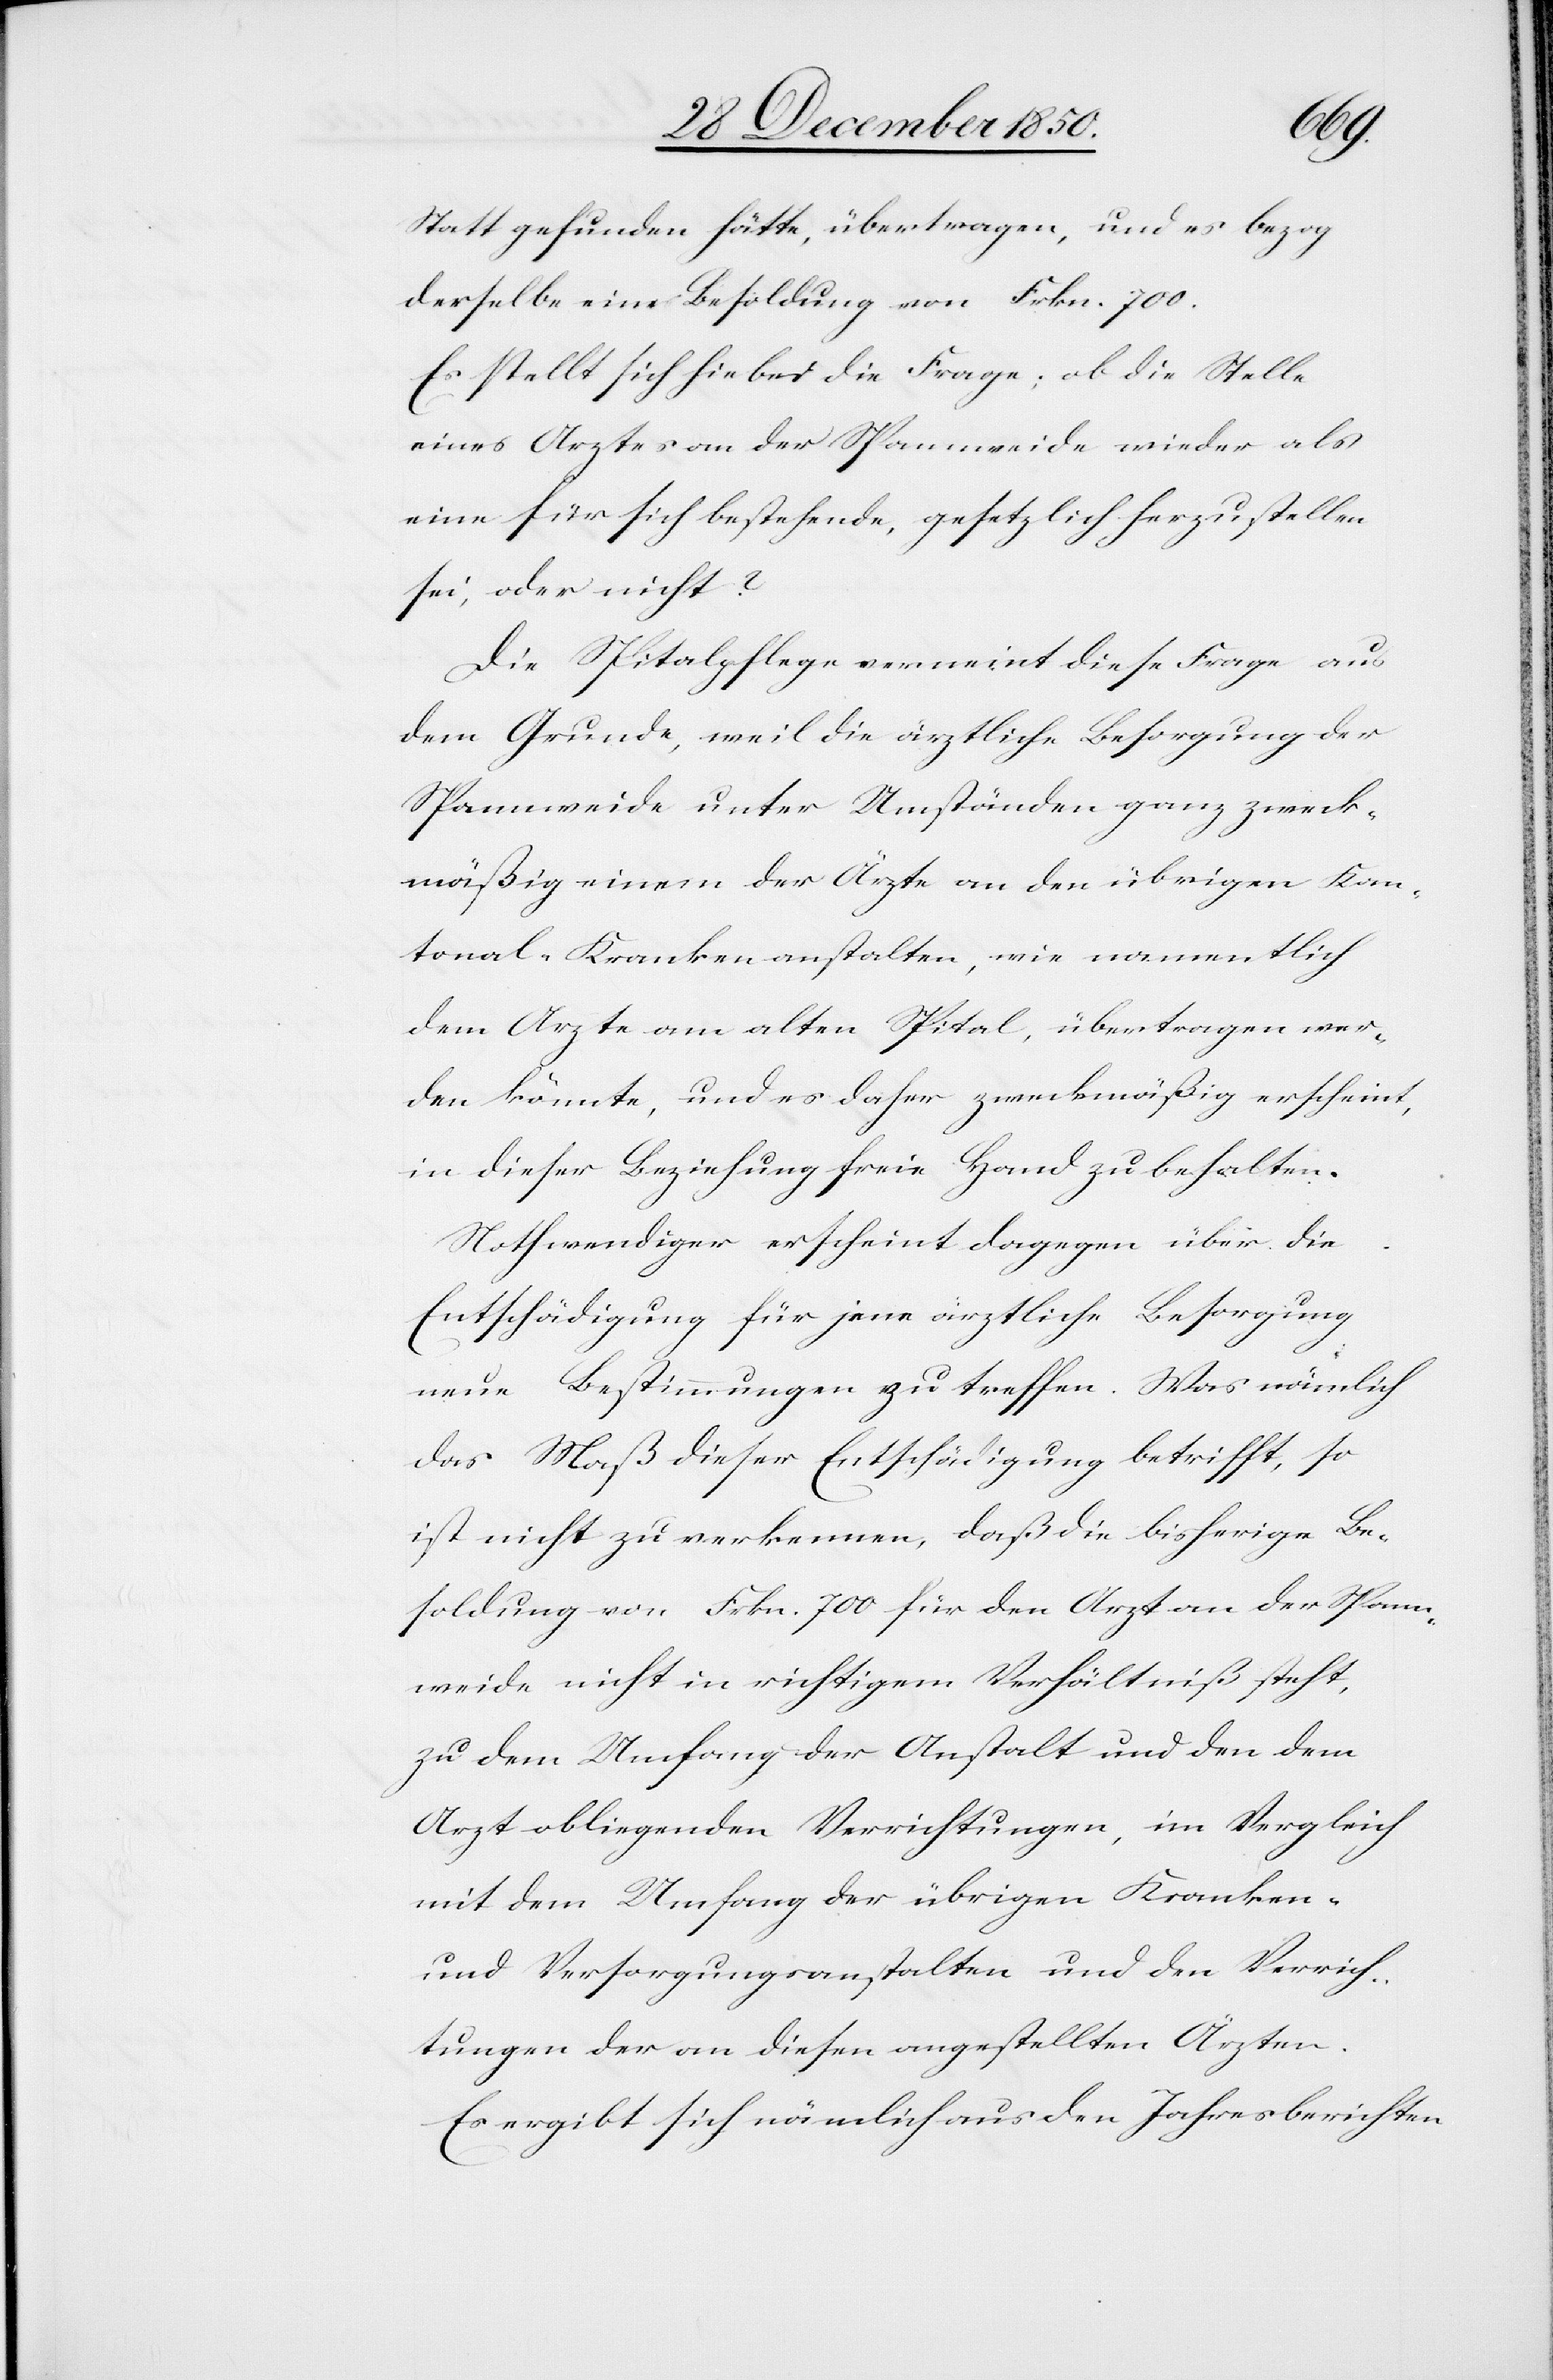
Statt gefunden hätte, übertragen, und es bezog
derselbe eine Besoldung von Frkn. 700.
Es stellt sich hiebei die Frage, ob die Stelle
eines Arztes an der Spannweide wieder als
eine für sich bestehende, gesetzlich herzustellen
sei, oder nicht?
Die Spitalpflege verneint diese Frage aus
dem Grunde, weil die ärztliche Besorgung der
Spannweide unter Umständen ganz zweck¬
mäßig einem der Ärzte an den übrigen Kan¬
tonal-Krankenanstalten, wie namentlich
dem Arzte am alten Spital, übertragen wer¬
den könnte und es daher zweckmäßig erscheint,
in dieser Beziehung freie Hand zu behalten.
Nothwendiger erscheint dagegen über die
Entschädigung für jene ärztliche Besorgung
neue Bestimmungen zu treffen. Was nämlich
das Maß dieser Entschädigung betrifft, so
ist nicht zu verkennen, daß die bisherige Be¬
soldung von Frkn. 700 für den Arzt an der Spann¬
weide nicht in richtigem Verhältniß steht,
zu dem Umfang der Anstalt und den dem
Arzt obliegenden Verrichtungen, im Vergleich
mit dem Umfang der übrigen Kranken-
und Versorgungsanstalten und den Verrich¬
tungen der an diesen angestellten Ärzten.
Es ergibt sich nämlich aus den Jahresberichten